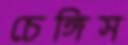
চেঙ্গিস